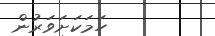
ހަމަކަށަވަރުން